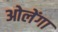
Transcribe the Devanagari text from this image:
ओलेंगा